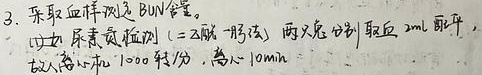
3. 采取血样测定BUN含量。加入尿素氮检测（=二乙酰 - 肟法），两只兔分别取血2mL ，放入离心机12000转/分，离心10min 。